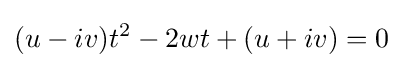
(u-iv)t^{2}-2wt+(u+iv)=0